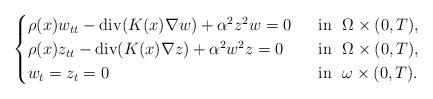
LaTeX: \begin{align*}\begin{cases}\rho(x) w_{tt} - \operatorname{div}(K(x) \nabla w) + \alpha^2 z^2w =0 &~\hbox{ in }~ \Omega \times (0,T), \\\rho(x) z_{tt} - \operatorname{div}(K(x) \nabla z) + \alpha^2w^2z=0 &~\hbox{ in }~ \Omega\times (0,T), \\w_t=z_t=0 &~\hbox{ in }~ \omega\times(0,T).\end{cases}\end{align*}